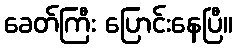
ခေတ်ကြီး ပြောင်းနေပြီ။